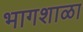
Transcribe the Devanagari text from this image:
भागशाळा